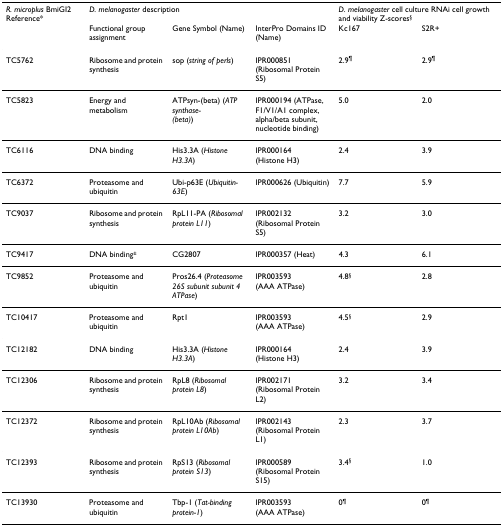
<table><thead><tr><td><b><i>R. microplus </i>BmiGI2 Reference*</b></td><td colspan="3"><b><i>D. melanogaster </i>description</b></td><td colspan="2"><b><i>D. melanogaster </i>cell culture RNAi cell growth and viability Z-scores<sup>§</sup></b></td></tr><tr><td></td><td><b>Functional group assignment</b></td><td><b>Gene Symbol (Name)</b></td><td><b>InterPro Domains ID (Name)</b></td><td><b>Kc167</b></td><td><b>S2R+</b></td></tr></thead><tbody><tr><td>TC5762</td><td>Ribosome and protein synthesis</td><td>sop (<i>string of perls</i>)</td><td>IPR000851 (Ribosomal Protein S5)</td><td>2.9<sup>¶</sup></td><td>2.9<sup>¶</sup></td></tr><tr><td>TC5823</td><td>Energy and metabolism</td><td>ATPsyn-(beta) (<i>ATP synthase-(beta)</i>)</td><td>IPR000194 (ATPase, F1/V1/A1 complex, alpha/beta subunit, nucleotide binding)</td><td>5.0</td><td>2.0</td></tr><tr><td>TC6116</td><td>DNA binding</td><td>His3.3A (<i>Histone H3.3A</i>)</td><td>IPR000164 (Histone H3)</td><td>2.4</td><td>3.9</td></tr><tr><td>TC6372</td><td>Proteasome and ubiquitin</td><td>Ubi-p63E (<i>Ubiquitin-63E</i>)</td><td>IPR000626 (Ubiquitin)</td><td>7.7</td><td>5.9</td></tr><tr><td>TC9037</td><td>Ribosome and protein synthesis</td><td>RpL11-PA (<i>Ribosomal protein L11</i>)</td><td>IPR002132 (Ribosomal Protein S5)</td><td>3.2</td><td>3.0</td></tr><tr><td>TC9417</td><td>DNA binding<sup>±</sup></td><td>CG2807</td><td>IPR000357 (Heat)</td><td>4.3</td><td>6.1</td></tr><tr><td>TC9852</td><td>Proteasome and ubiquitin</td><td>Pros26.4 (<i>Proteasome 26S subunit subunit 4 ATPase</i>)</td><td>IPR003593 (AAA ATPase)</td><td>4.8<sup>§</sup></td><td>2.8</td></tr><tr><td>TC10417</td><td>Proteasome and ubiquitin</td><td>Rpt1</td><td>IPR003593 (AAA ATPase)</td><td>4.5<sup>§</sup></td><td>2.9</td></tr><tr><td>TC12182</td><td>DNA binding</td><td>His3.3A (<i>Histone H3.3A</i>)</td><td>IPR000164 (Histone H3)</td><td>2.4</td><td>3.9</td></tr><tr><td>TC12306</td><td>Ribosome and protein synthesis</td><td>RpL8 (<i>Ribosomal protein L8</i>)</td><td>IPR002171 (Ribosomal Protein L2)</td><td>3.2</td><td>3.4</td></tr><tr><td>TC12372</td><td>Ribosome and protein synthesis</td><td>RpL10Ab (<i>Ribosomal protein L10Ab</i>)</td><td>IPR002143 (Ribosomal Protein L1)</td><td>2.3</td><td>3.7</td></tr><tr><td>TC12393</td><td>Ribosome and protein synthesis</td><td>RpS13 (<i>Ribosomal protein S13</i>)</td><td>IPR000589 (Ribosomal Protein S15)</td><td>3.4<sup>§</sup></td><td>1.0</td></tr><tr><td>TC13930</td><td>Proteasome and ubiquitin</td><td>Tbp-1 (<i>Tat-binding protein-1</i>)</td><td>IPR003593 (AAA ATPase)</td><td>0<sup>¶</sup></td><td>0<sup>¶</sup></td></tr></tbody></table>